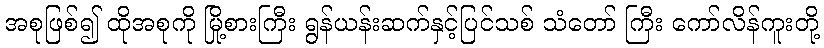
အစုဖြစ်၍ ထိုအစုကို မြို့စားကြီး ရွန်ယန်းဆက်နှင့်ပြင်သစ် သံတော် ကြီး ကော်လိန်ကူးတို့